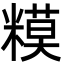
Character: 糢